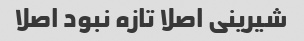
شیرینی اصلا تازه نبود اصلا